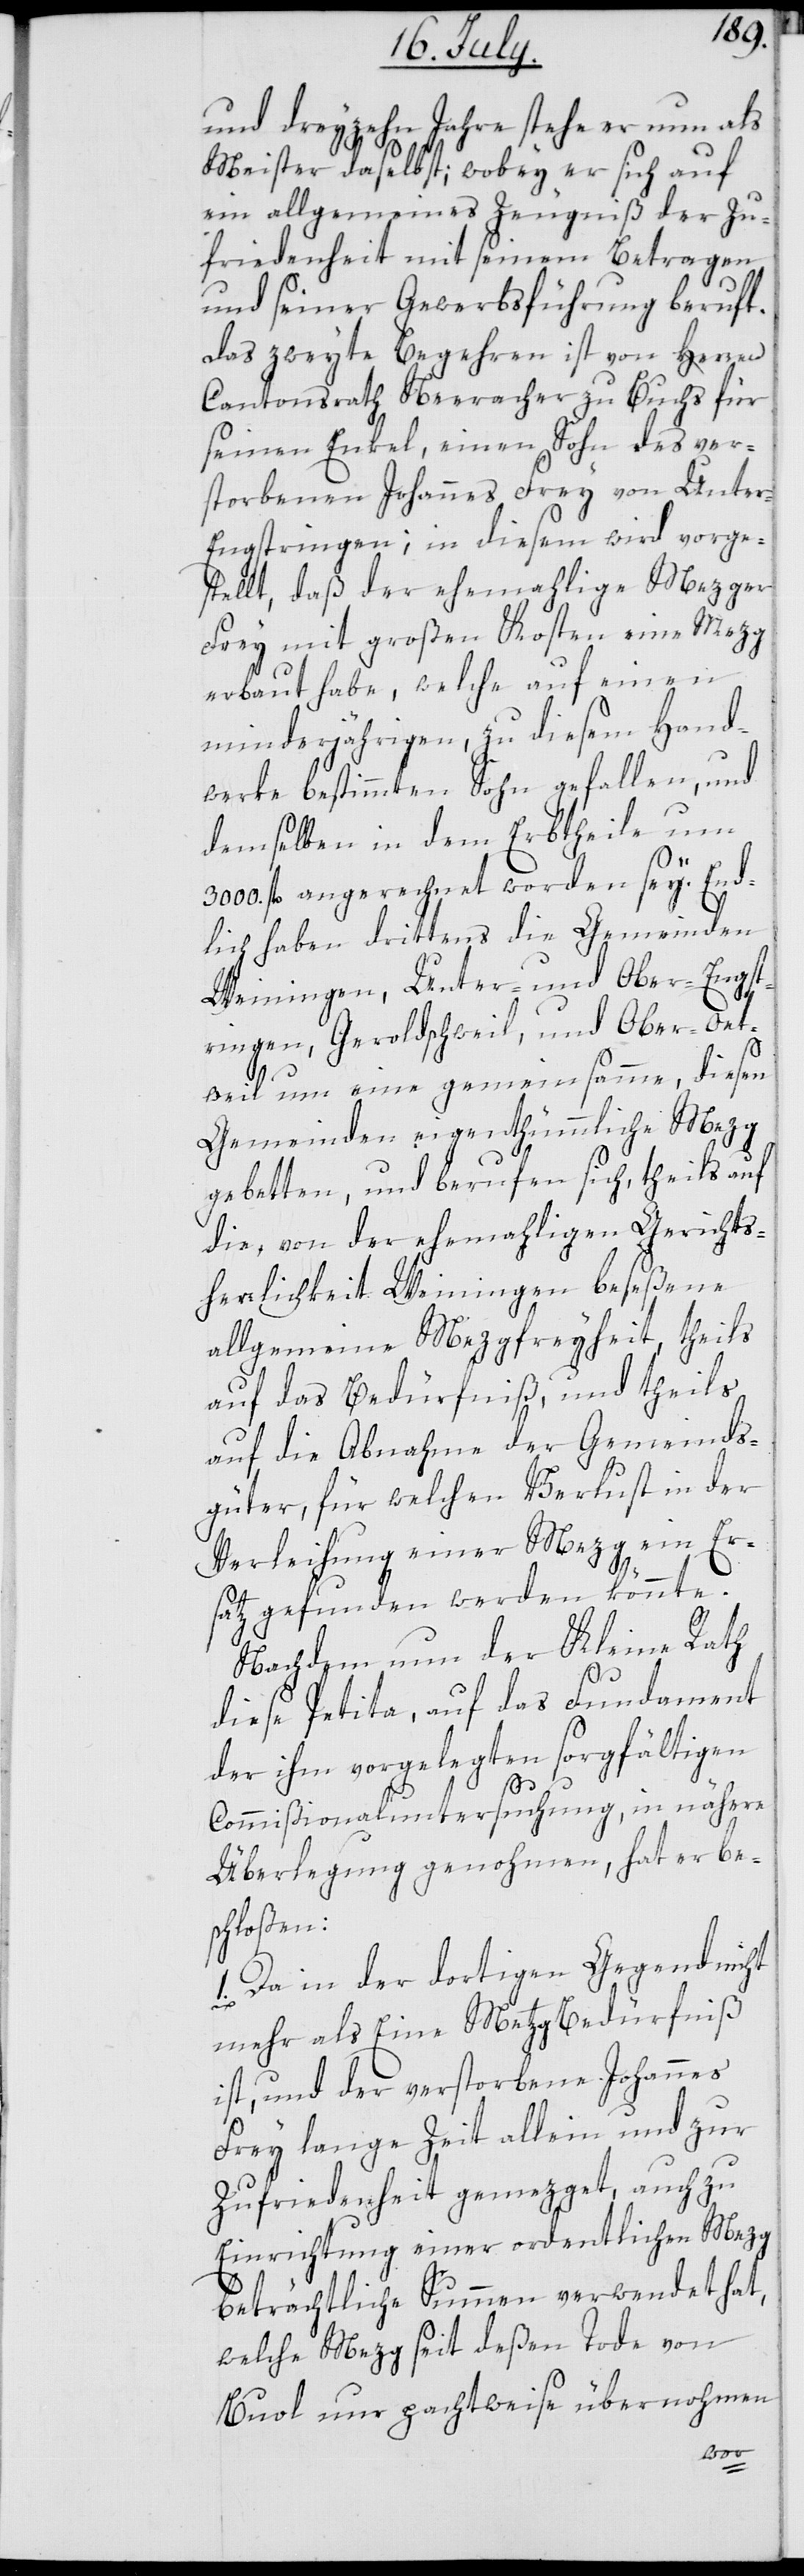
und dreyzehn Jahre stehe er nun als
Meister daselbst; wobey er sich auf
ein allgemeines Zeugniß der Zu¬
friedenheit mit seinem Betragen
und seiner Gewerbsführung beruft.
Das zweyte Begehren ist von Herren
Cantonsrath Neeracher zu Buchs für
seinen Enkel, einen Sohn des ver¬
storbenen Johannes Frey von Unte¬
r-Engstringen; in diesem wird vorge¬
stellt, daß der ehemalige Mezger
Frey mit großen Kosten eine Mezg
erbaut habe, welche auf einen
minderjährigen, zu diesem Hand¬
werke bestimmten Sohn gefallen, und
demselben in dem Erbtheile um
3000. fl. angerechnet worden sey. End¬
lich haben drittens die Gemeinden
Weinigen, Unter- und Ober-Engst¬
ringen, Geroldschweil und Ober-Oet¬
wil um eine gemeinsamme, diesen
Gemeinden eigenthümmliche Mezg
gebetten, und berufen sich, theils auf
die, von der ehemaligen Gerichts¬
herrlichkeit Weiningen beseßene
allgemeine Mezgfreyheit, theils
auf das Bedürfniß, und theils
auf die Abnahme der Gemeinds¬
güter, für welchen Verlust in der
Verleihung einer Mezg ein Er¬
satz gefunden werden könnte.
Nachdem nun der Kleine Rath
diese Petita, auf das Fundament
der ihm vorgelegten sorgfältigen
Commißionaluntersuchung, in nähere
Überlegung genohmen, hat er be¬
schloßen:
1. Da in der dortigen Gegend nicht
mehr als Eine Metzg Bedürfniß
ist, und der verstorbene Johannes
Frey lange Zeit allein und zur
Zufriedenheit gemezget, auch zu
Einrichtung einer ordentlichen Mezg
beträchtliche Summen verwendet hat,
welche Mezg seit deßen Tode von
Buol nur pachtweise übernohmen